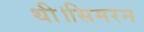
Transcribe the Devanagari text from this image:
थी।सिमरन